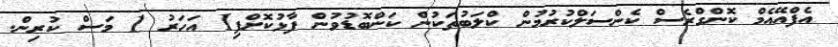
އެފްއޭއެމް ކޮންގްރެސް ކެންސަލްކުރުމުން ކްލަބުތަކުން ކަންބޮޑުވުން ފާޅުކޮށްފި1 އަހަރު 1 މަސް ކުރިން.